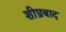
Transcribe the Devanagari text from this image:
शीघ्रबाद